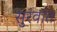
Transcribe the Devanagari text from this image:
सुुरवात